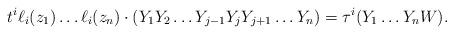
LaTeX: \begin{align*}t^i\ell_{i}(z_1)\dots \ell_{i}(z_n)\cdot (Y_1Y_2\dots Y_{j-1}Y_j Y_{j+1} \dots Y_n) =\tau^i(Y_1\dots Y_nW).\end{align*}